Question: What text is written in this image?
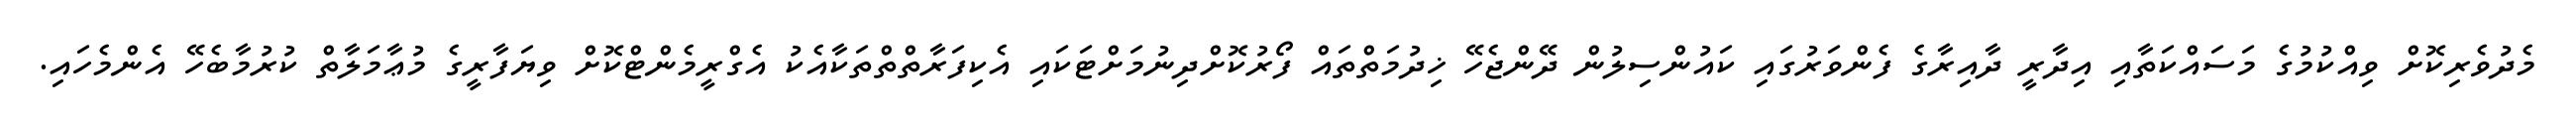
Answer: މެދުވެރިކޮށް ވިއްކުމުގެ މަސައްކަތާއި އިދާރީ ދާއިރާގެ ފެންވަރުގައި ކައުންސިލުން ދޭންޖެހޭ ޚިދުމަތްތައް ފޯރުކޮށްދިނުމަށްޓަކައި އެކިފަރާތްތްތަކާއެކު އެގްރީމެންޓްކޮށް ވިޔަފާރީގެ މުޢާމަލާތް ކުރުމާބެހޭ އެންމެހައި.